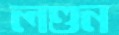
লণ্ডন